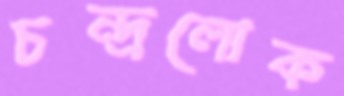
চন্দ্রলোক